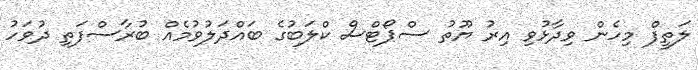
ލަތީފް މިހެން ވިދާޅުވި އިރު ޔޫތު ސްޕޯޓްސް ކްލަބުގެ ބައްދަލުވުމެއް ބުރާސްފަތި ދުވަހު